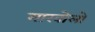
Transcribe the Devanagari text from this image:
मारवोलो